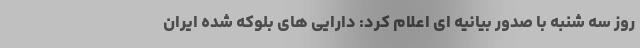
روز سه شنبه با صدور بیانیه ای اعلام کرد: دارایی های بلوکه شده ایران